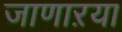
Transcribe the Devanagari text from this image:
जाणाऱया